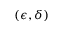
( \epsilon , \delta )